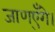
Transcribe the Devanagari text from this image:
जाण्‌एँगे।